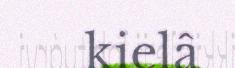
kielâ